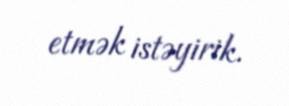
etmək istəyirik.